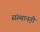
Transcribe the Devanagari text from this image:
संस्थानही